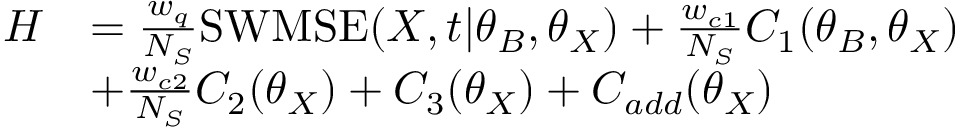
\begin{array} { r l } { H } & { = \frac { w _ { q } } { N _ { S } } \mathrm { S W M S E } ( \boldsymbol { X } , \boldsymbol { t } | \boldsymbol { \theta } _ { B } , \boldsymbol { \theta } _ { X } ) + \frac { w _ { c 1 } } { N _ { S } } C _ { 1 } ( \boldsymbol { \theta } _ { B } , \boldsymbol { \theta } _ { X } ) } \\ & { + \frac { w _ { c 2 } } { N _ { S } } C _ { 2 } ( \boldsymbol { \theta } _ { X } ) + C _ { 3 } ( \boldsymbol { \theta } _ { X } ) + C _ { a d d } ( \boldsymbol { \theta } _ { X } ) } \end{array}